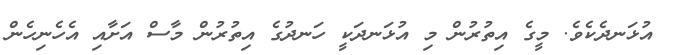
އުޅަނދެކެވެ. މީގެ އިތުރުން މި އުޅަނދަކީ ހަނދުގެ އިތުރުން މާސް އަށާއި އެހެނިހެން